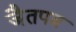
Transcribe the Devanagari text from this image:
जैतपत्र